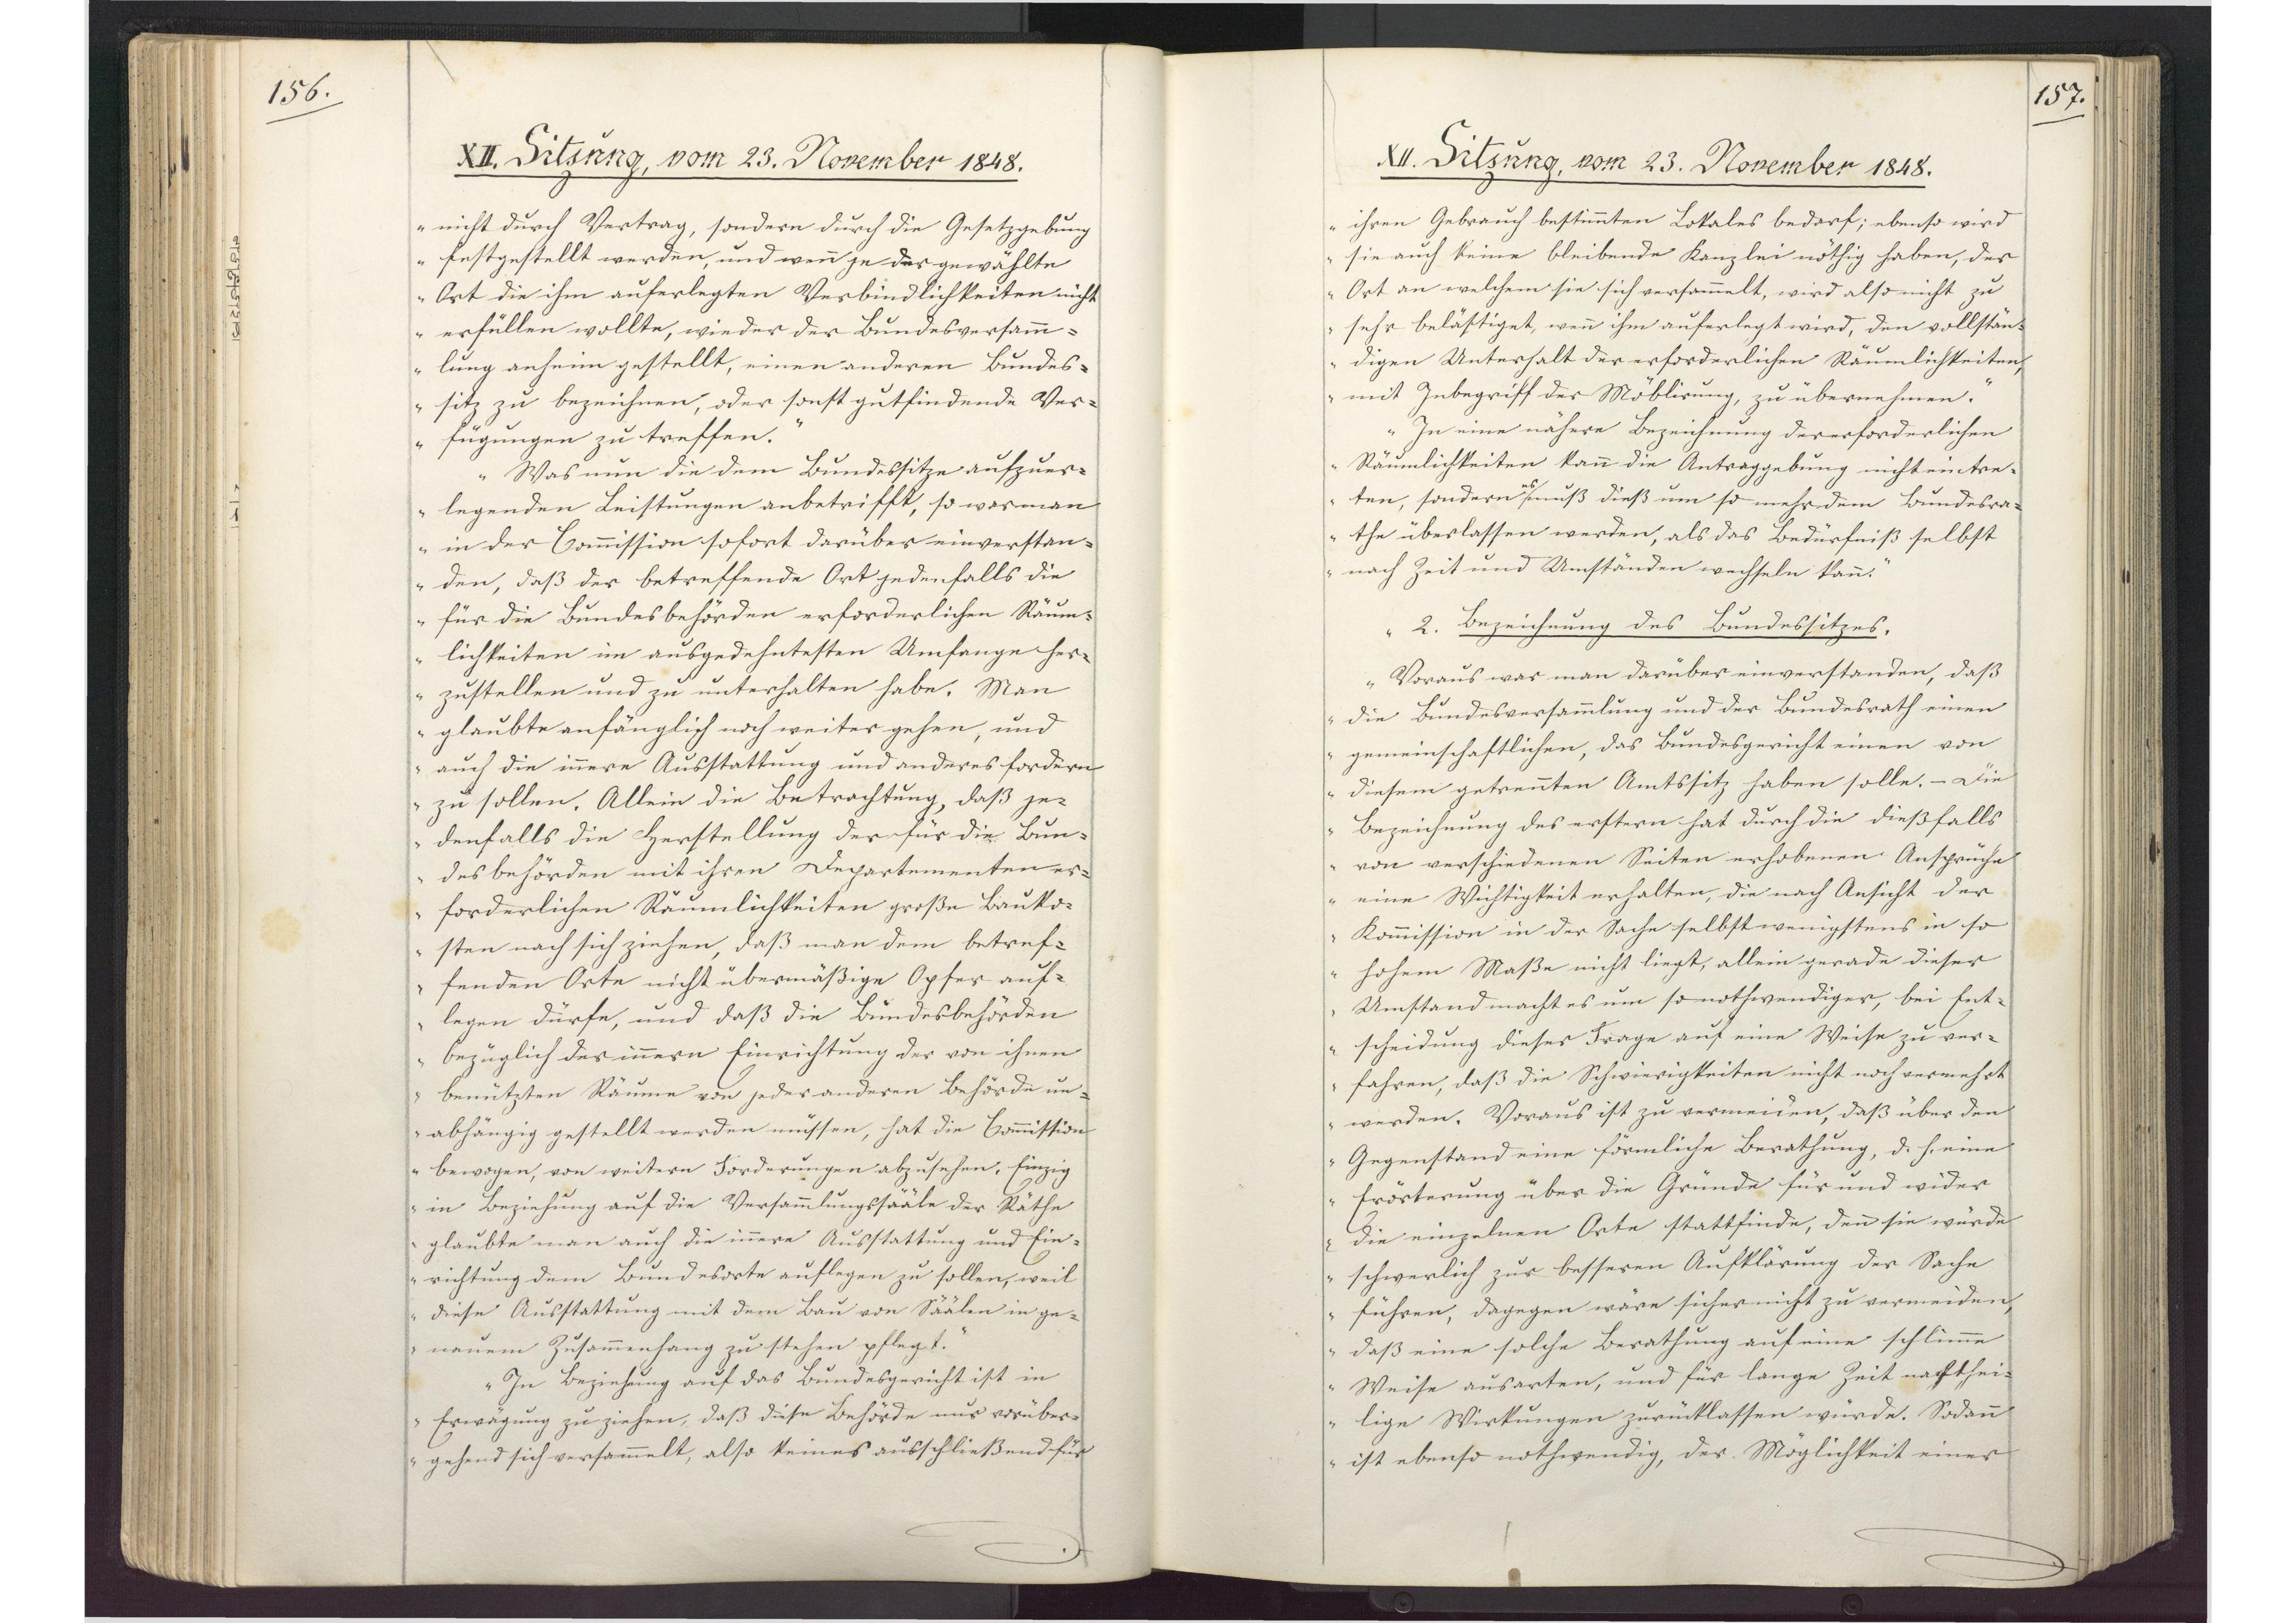
156.

XII. Sitzung, vom 23. November 1848.

nicht durch Vertrag, sondern durch die Gesetzgebung
festgestellt werden, und wenn je der gewählte
Ort die ihm auferlegten Verbindlichkeiten nicht
erfüllen wollte, wieder der Bundesversamm¬
lung anheim gestellt, einen anderen Bundes¬
sitz zu bezeichnen, oder sonst gutfindende Ver¬
fügungen zu treffen."
"Was nun die dem Bundessitze aufzuer¬
legenden Leistungen anbetrifft, so war man
in der Commission sofort darüber einverstan¬
den, daß der betreffende Ort jedenfalls die
für die Bundesbehörden erforderlichen Räum¬
lichkeiten im ausgedehntesten Umfange her¬
zustellen und zu unterhalten habe. Man
glaubte anfänglich noch weiter gehen, und
auch die innere Ausstattung und anderes fordern
zu sollen. Allein die Betrachtung, daß je¬
denfalls die Herstellung der für die Bun¬
desbehörden mit ihren Departementen er¬
forderlichen Räumlichkeiten große Bauko¬
sten nach sich ziehen, daß man dem betref¬
fenden Orte nicht übermäßige Opfer auf¬
legen dürfe, und daß die Bundesbehörden
bezüglich der innern Einrichtung der von ihnen
benützten Räume von jeder anderen Behörde un¬
abhängig gestellt werden müssen, hat die Commission
bewogen, von weitern Forderungen abzusehen. Einzig
in Beziehung auf die Versammlungssääle der Räthe
glaubte man auch die innere Ausstattung und Ein¬
richtung dem Bundesorte auflegen zu sollen, weil
diese Ausstattung mit dem Bau von Säälen in ge¬
nauem Zusammenhang zu stehen pflegt."
"In Beziehung auf das Bundesgericht ist in
Erwägung zu ziehen, daß diese Behörde uns vorüber¬
gehend sich versammelt, also keines ausschließend für

157.

XII. Sitzung, vom 23. November 1848.

ihren Gebrauch bestimmten Lokales bedarf; ebenso wird
sie auch keine bleibende Kanzlei nöthig haben, der
Ort an welchem sie sich versammelt, wird also nicht zu
sehr belästiget, wenn ihm auferlegt wird, den vollstän¬
digen Unterhalt der erforderlichen Räumlichkeiten,
mit Zubegriff des Möblirung, zu übernehmen."
"In eine nähere Bezeichnung der erforderlichen
Räumlichkeiten kann die Antraggebung nicht eintre¬
ten, sondern * muß dieß um so mehr dem Bundesra¬
* es
the überlassen werden, als das Bedürfniß selbst
nach Zeit und Umständen wechseln kann."
"2. Bezeichnung des Bundessitzes.
Voraus war man darüber einverstanden, daß
die Bundesversammlung und der Bundesrath einen
gemeinschaftlichen, das Bundesgericht einen von
diesem getrennten Amtssitz haben solle. - Die
Bezeichnung des erstern hat durch die dießfalls
von verschiedenen Seiten erhobenen Ansprüche
eine Wichtigkeit erhalten, die nach Ansicht der
Kommission in der Sache selbst wenigstens in so
hohem Maße nicht liegt, allein gerade dieser
Umstand macht es um so nothwendiger, bei Ent¬
scheidung dieser Frage auf eine Weise zu ver¬
fahren, daß die Schwierigkeiten nicht noch vermehrt
werden. Voraus ist zu vermeinen, daß über den
Gegenstand eine förmliche Berathung, d. h. eine
Erörterung über die Gründe für und wider
die einzelnen Orte stattfinde, den sie würde
schwerlich zur besseren Aufklärung der Sache
führen, dagegen wäre sicher nicht zu vermeiden,
daß eine solche Berathung auf eine schlimme
Weise ausarten, und für lange Zeit nachthei¬
lige Wirkungen zurücklassen würde. Sodann
ist ebenso nothwendig, der Möglichkeit einer